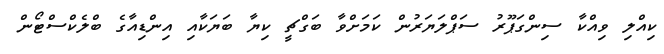
ކިއްލި ވިއްކާ ސިންގަޕޫރު ސަޕްލަޔަރުން ކަމަށްވާ ބަގްޗީ ކިޔާ ބަޔަކާއި އިންްޑިއާގެ ބްލެކްސްޓޯން